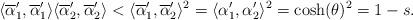
LaTeX: \begin{align*} \langle\overline{\alpha}'_1,\overline{\alpha}'_1\rangle \langle\overline{\alpha}'_2,\overline{\alpha}'_2\rangle< \langle\overline{\alpha}'_1,\overline{\alpha}'_2\rangle^2=\langle\alpha'_1,\alpha'_2\rangle^2=\cosh(\theta)^2=1-s. \end{align*}